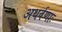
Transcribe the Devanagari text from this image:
अथर्वणाः